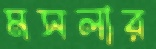
মসলার